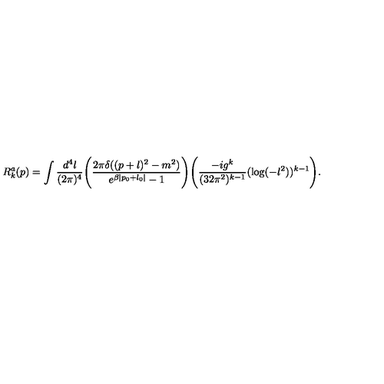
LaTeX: R _ { k } ^ { a } ( p ) = \int \frac { d ^ { 4 } l } { ( 2 \pi ) ^ { 4 } } \Bigg ( \frac { 2 \pi \delta ( ( p + l ) ^ { 2 } - m ^ { 2 } ) } { e ^ { \beta | p _ { 0 } + l _ { 0 } | } - 1 } \Bigg ) \Bigg ( \frac { - i g ^ { k } } { ( 3 2 \pi ^ { 2 } ) ^ { k - 1 } } ( \log ( - l ^ { 2 } ) ) ^ { k - 1 } \Bigg ) .